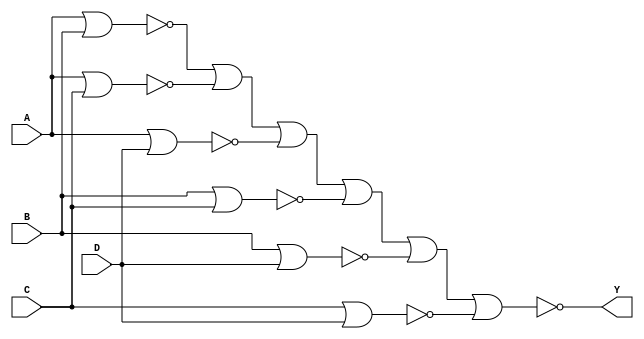
module Q5(input A, B, C, D, output Y);
	assign Y = ~((~(A|B))|(~(A|C))|(~(A|D))|(~(B|C))|(~(B|D))|(~(C|D)));
endmodule